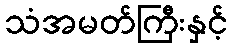
သံအမတ်ကြီးနှင့်